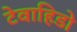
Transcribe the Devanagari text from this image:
टेवाहिडो